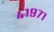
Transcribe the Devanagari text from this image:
४१९७१